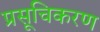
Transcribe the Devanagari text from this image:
प्रसूचिकरण